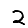
Digit: 2